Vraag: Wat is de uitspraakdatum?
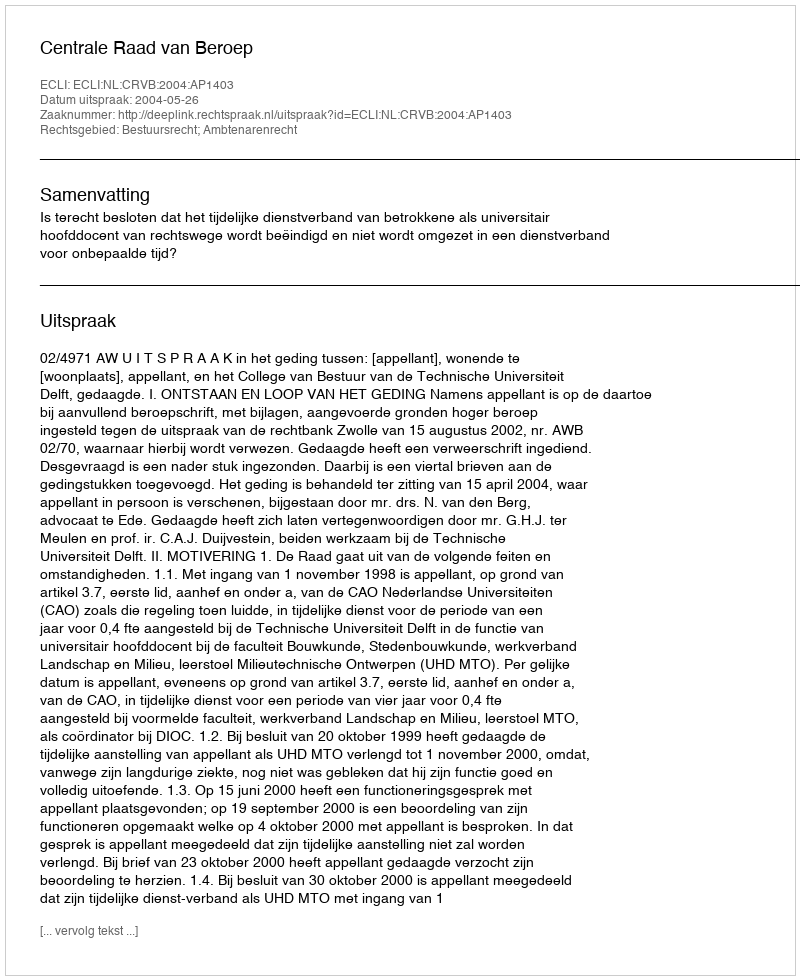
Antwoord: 2004-05-26